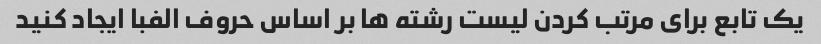
یک تابع برای مرتب کردن لیست رشته ها بر اساس حروف الفبا ایجاد کنید